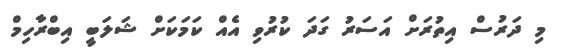
މި ދަރުސް އިތުރަށް އަސަރު ގަދަ ކުރުވި އެއް ކަަމަކަށް ޝަލަބީ އިބްރާހިމް